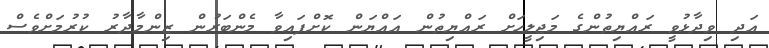
އަދި ވިދާޅުވީ ރައްޔިތުންގެ މަޖިލީހަށް ރައްޔިތުން އައްޔަން ކޮށްފައިވާ މެންބަރުން ޒިންމާދާރު ކުރުމަށްވެސް